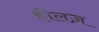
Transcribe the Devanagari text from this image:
हीलज़